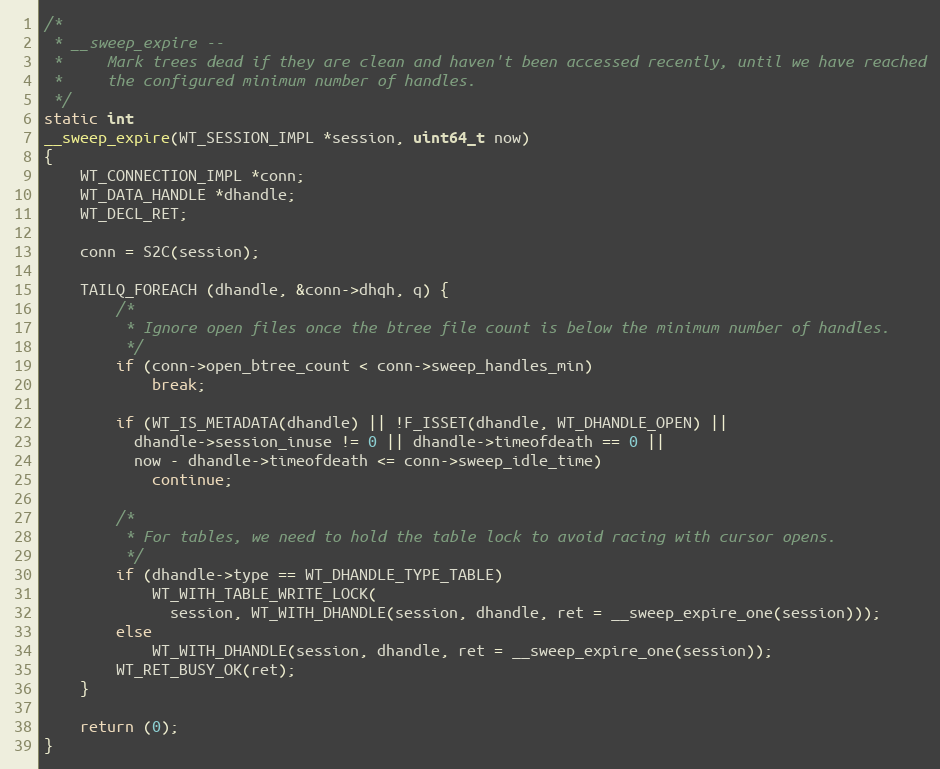
Language: C
/*
 * __sweep_expire --
 *     Mark trees dead if they are clean and haven't been accessed recently, until we have reached
 *     the configured minimum number of handles.
 */
static int
__sweep_expire(WT_SESSION_IMPL *session, uint64_t now)
{
    WT_CONNECTION_IMPL *conn;
    WT_DATA_HANDLE *dhandle;
    WT_DECL_RET;

    conn = S2C(session);

    TAILQ_FOREACH (dhandle, &conn->dhqh, q) {
        /*
         * Ignore open files once the btree file count is below the minimum number of handles.
         */
        if (conn->open_btree_count < conn->sweep_handles_min)
            break;

        if (WT_IS_METADATA(dhandle) || !F_ISSET(dhandle, WT_DHANDLE_OPEN) ||
          dhandle->session_inuse != 0 || dhandle->timeofdeath == 0 ||
          now - dhandle->timeofdeath <= conn->sweep_idle_time)
            continue;

        /*
         * For tables, we need to hold the table lock to avoid racing with cursor opens.
         */
        if (dhandle->type == WT_DHANDLE_TYPE_TABLE)
            WT_WITH_TABLE_WRITE_LOCK(
              session, WT_WITH_DHANDLE(session, dhandle, ret = __sweep_expire_one(session)));
        else
            WT_WITH_DHANDLE(session, dhandle, ret = __sweep_expire_one(session));
        WT_RET_BUSY_OK(ret);
    }

    return (0);
}